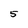
Character: 5